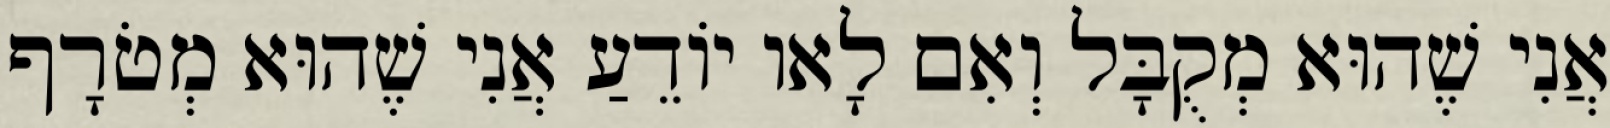
אֲנִי שֶׁהוּא מְקֻבָּל וְאִם לָאו יוֹדֵעַ אֲנִי שֶׁהוּא מְטֹרָף